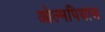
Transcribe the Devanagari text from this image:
ओल्मपियाड